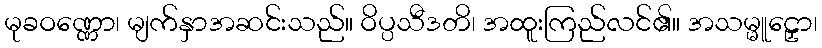
မုခဝဏ္ဏော၊ မျက်နှာအဆင်းသည်။ ဝိပ္ပသီဒတိ၊ အထူးကြည်လင်၏။ အသမ္မူဠှော၊